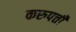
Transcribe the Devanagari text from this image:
करुपत्ती